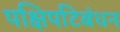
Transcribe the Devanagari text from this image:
पक्षिपटिबंधन